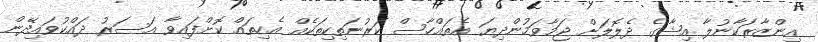
އިންޒާރަކާނުލާ އިޝާގެ ދެލޮލަށް ޖަމާވަމުންދިޔަ އެތައްހާސް ކަރުނަތިކިތަކެއް އެހިތައް ކޮށްފައިވާ އަސަރު ދައްކުވައިދޭން